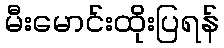
မီးမောင်းထိုးပြရန်